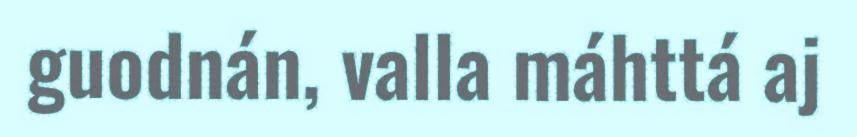
guodnán, valla máhttá aj